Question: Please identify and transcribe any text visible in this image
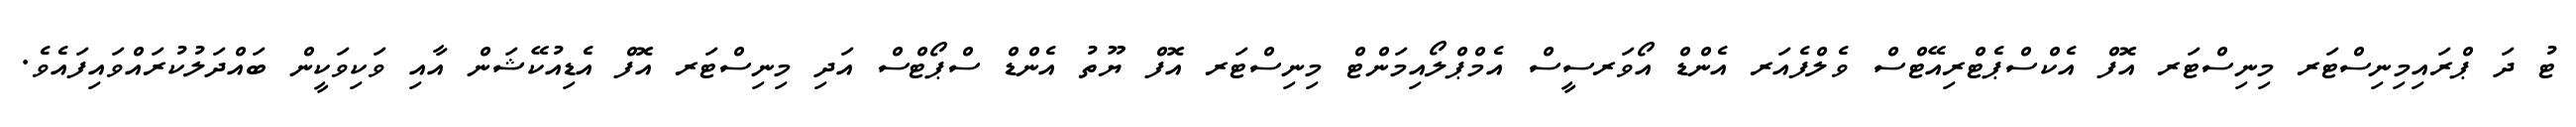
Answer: ޓު ދަ ޕްރައިމިނިސްޓަރ މިނިސްޓަރ އޮފް އެކްސްޕެޓްރިއޭޓްސް ވެލްފެއަރ އެންޑް އޯވަރސީސް އެމްޕްލޯއިމަންޓް މިނިސްޓަރ އޮފް ޔޫތު އެންޑް ސްޕޯޓްސް އަދި މިނިސްޓަރ އޮފް އެޑިއުކޭޝަން އާއި ވަކިވަކީން ބައްދަލުކުރައްވައިފައެވެ.